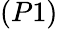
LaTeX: (P1)